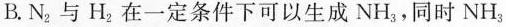
B. N_{2}与H_{2} 在一定条件下可以生成NH_{3}，同时NH_{3}